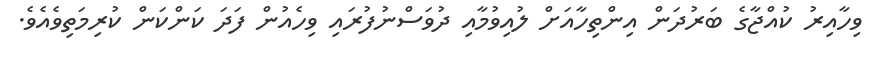
ވިހާއިރު ކުއްޖާގެ ބަރުދަން އިންތިހާއަށް ލުއިވުމާއި ދުވަސްނުފުރައި ވިހެއުން ފަދަ ކަންކަން ކުރިމަތިވެއެވެ.